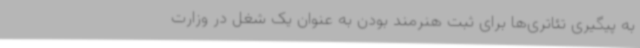
به پیگیری‌ تئاتری‌ها برای ثبت هنرمند بودن به عنوان یک شغل در وزارت